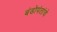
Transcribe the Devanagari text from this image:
बंडोपंतांचे